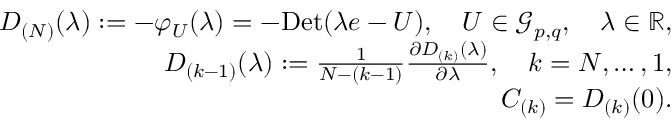
\begin{array} { r l r } & { } & { D _ { ( N ) } ( \lambda ) : = - \varphi _ { U } ( \lambda ) = - \mathrm { D e t } ( \lambda e - U ) , \quad U \in \mathcal { G } _ { p , q } , \quad \lambda \in \mathbb { R } , } \\ & { } & { D _ { ( k - 1 ) } ( \lambda ) : = \frac { 1 } { N - ( k - 1 ) } \frac { \partial D _ { ( k ) } ( \lambda ) } { \partial \lambda } , \quad k = N , \ldots , 1 , } \\ & { } & { C _ { ( k ) } = D _ { ( k ) } ( 0 ) . } \end{array}